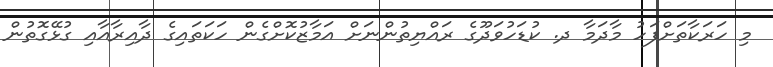
މި ހަރަކާތަށްފަހު މާދަމާ ދ. ކުޑަހުވަދޫގެ ރައްޔިތުންނަށް އަމާޒުކޮށްގެން ހަކަތައިގެ ދާއިރާއާއި ގުޅޭގޮތުން